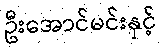
ဦးအောင်မင်းနှင့်